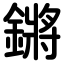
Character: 鏘